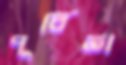
পূর্বিতা